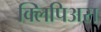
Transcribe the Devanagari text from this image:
क्लिपिअस